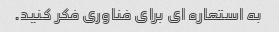
به استعاره ای برای فناوری فکر کنید.